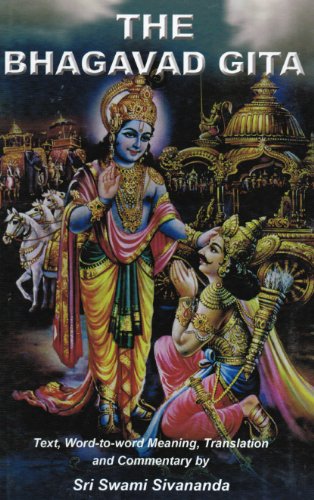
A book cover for The Bhagavad Gita; Swami Sivananda; Religion & Spirituality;